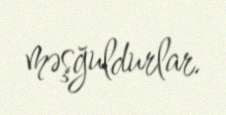
məşğuldurlar.